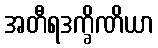
အတီရဒက္ခိဏိယာ